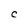
Character: C